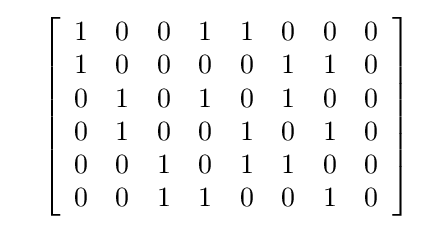
\quad \left[{\begin{array}{cccccccc}1&0&0&1&1&0&0&0\\1&0&0&0&0&1&1&0\\0&1&0&1&0&1&0&0\\0&1&0&0&1&0&1&0\\0&0&1&0&1&1&0&0\\0&0&1&1&0&0&1&0\\\end{array}}\right]